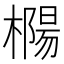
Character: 𰘲